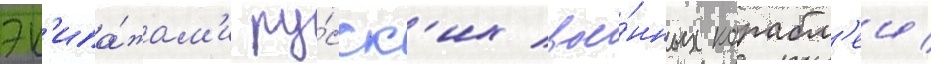
эк'ипа́жам'и ру́сск'их вое́нных корабл'еи